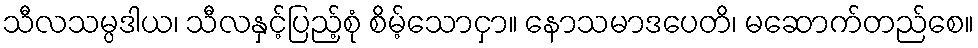
သီလသမ္ပဒါယ၊ သီလနှင့်ပြည့်စုံ စိမ့်သောငှာ။ နောသမာဒပေတိ၊ မဆောက်တည်စေ။